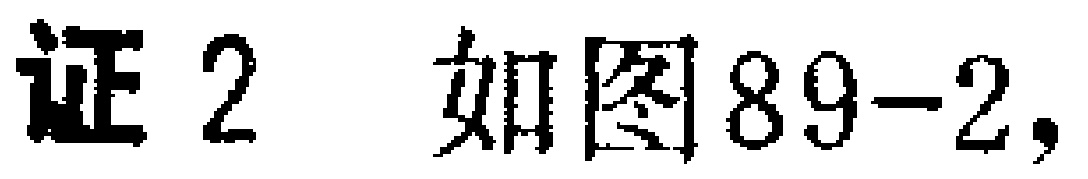
证2 如图89-2,